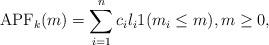
LaTeX: \begin{align*}\mathrm{APF}_k(m)=\sum_{i=1}^n c_i l_i 1(m_i\le m),m\geq 0,\end{align*}